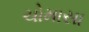
ચોમાસા